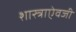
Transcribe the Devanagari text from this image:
शास्त्राऐवजी